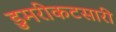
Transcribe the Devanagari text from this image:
डुमरीकटसारी